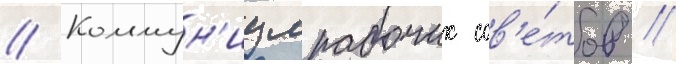
// Коммун'измрабочих сов'е́тов //